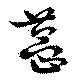
菖